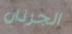
الجرذان